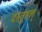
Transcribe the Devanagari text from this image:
दस्तूहल्